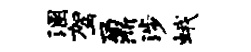
溷驾鼐涉蛾